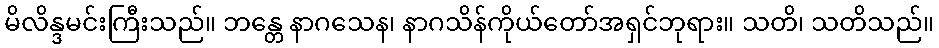
မိလိန္ဒမင်းကြီးသည်။ ဘန္တေ နာဂသေန၊ နာဂသိန်ကိုယ်တော်အရှင်ဘုရား။ သတိ၊ သတိသည်။